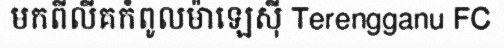
មកពីលីគកំពូលម៉ាឡេស៊ី Terengganu FC